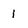
Character: 1